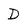
Character: D